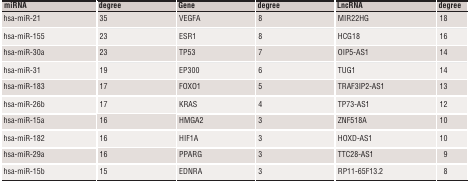
<table><thead><tr><td><b>miRNA</b></td><td><b>degree</b></td><td><b>Gene</b></td><td><b>degree</b></td><td><b>LncRNA</b></td><td><b>degree</b></td></tr></thead><tbody><tr><td>hsa‐miR‐21</td><td>35</td><td>VEGFA</td><td>8</td><td>MIR22HG</td><td>18</td></tr><tr><td>hsa‐miR‐155</td><td>23</td><td>ESR1</td><td>8</td><td>HCG18</td><td>16</td></tr><tr><td>hsa‐miR‐30a</td><td>23</td><td>TP53</td><td>7</td><td>OIP5‐AS1</td><td>14</td></tr><tr><td>hsa‐miR‐31</td><td>19</td><td>EP300</td><td>6</td><td>TUG1</td><td>14</td></tr><tr><td>hsa‐miR‐183</td><td>17</td><td>FOXO1</td><td>5</td><td>TRAF3IP2‐AS1</td><td>13</td></tr><tr><td>hsa‐miR‐26b</td><td>17</td><td>KRAS</td><td>4</td><td>TP73‐AS1</td><td>12</td></tr><tr><td>hsa‐miR‐15a</td><td>16</td><td>HMGA2</td><td>3</td><td>ZNF518A</td><td>10</td></tr><tr><td>hsa‐miR‐182</td><td>16</td><td>HIF1A</td><td>3</td><td>HOXD‐AS1</td><td>10</td></tr><tr><td>hsa‐miR‐29a</td><td>16</td><td>PPARG</td><td>3</td><td>TTC28‐AS1</td><td>9</td></tr><tr><td>hsa‐miR‐15b</td><td>15</td><td>EDNRA</td><td>3</td><td>RP11‐65F13.2</td><td>8</td></tr></tbody></table>